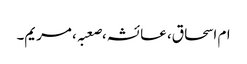
ام اسحاق، عائشہ،صعبہ، مریم۔